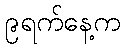
၉ရက်နေ့က